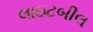
લાઇટબીલ